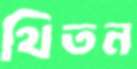
থিতন